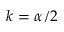
k = \alpha / 2